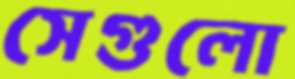
সেগুলো